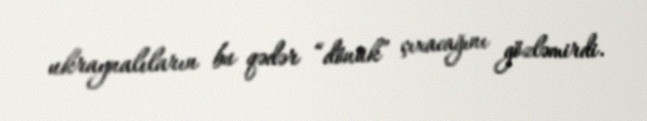
ukraynalıların bu qədər “dönük” çıxacağını gözləmirdi.